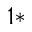
^ { 1 * }